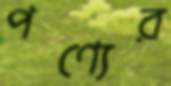
পণ্যের